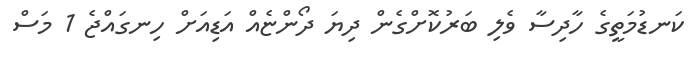
ކަނޑުމަތީގެ ހާދިސާ ވެލި ބަރުކޮށްގެން ދިޔަ ދޯންޏެއް އަޑިއަށް ހިނގައްޖެ 1 މަސް